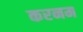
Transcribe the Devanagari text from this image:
करनम